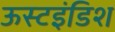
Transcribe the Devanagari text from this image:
ऊस्टइंडिश